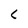
Character: c